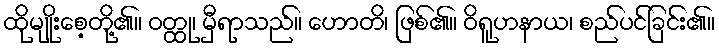
ထိုမျိုးစေ့တို့၏။ ဝတ္ထု၊ မှီရာသည်။ ဟောတိ၊ ဖြစ်၏။ ဝိရူဟနာယ၊ စည်ပင်ခြင်း၏။